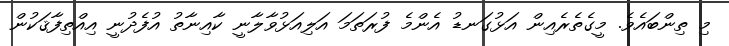
މި ތިންބައެވެ. މީގެތެރެއިން އަޅުގަނޑު އެންމެ ފުރަތަމަ އަލިއަޅުވާލާނީ ކާއިނާތު އުފެދުނީ އިއްތިފާޤަކުން